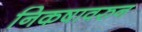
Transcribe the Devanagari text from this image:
निकषावरुन